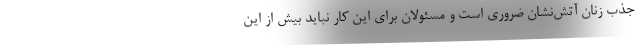
جذب زنان آتش‌نشان ضروری است و مسئولان برای این کار نباید بیش از این